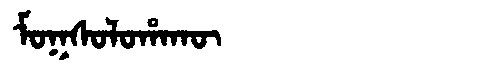
Manchu: ᠮᠣᡴᠰᠣᠯᠣᡥᠠᡴᡡ
Romanization: MOKSOLOHAKŪ